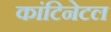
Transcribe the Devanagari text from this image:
कांटिनेटल